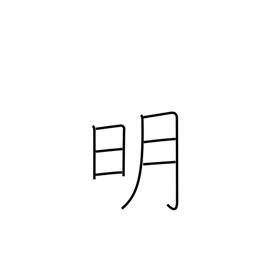
Meaning: light